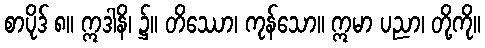
စာပိုဒ် ၈။ ဣဒါနိ၊ ၌။ တိဿော၊ ကုန်သော။ ဣမာ ပညာ၊ တို့ကို။